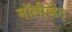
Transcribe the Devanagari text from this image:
मॉलीब्डेट